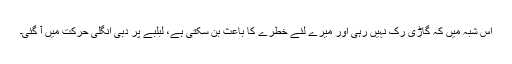
اس شبہ میں کہ گاڑی رک نہیں رہی اور میرے لئے خطرے کا باعث بن سکتی ہے، لبلبے پر دبی انگلی حرکت میں آ گئی۔